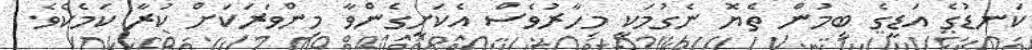
ކަނޑުގެ އަޑީގެ ބިމުން ތެޔޮ ނެގުމަކީ މިހާރުވެސް އެކަށީގެންވާ މިންވަރަކަށް ކުރާ ކަމެކެވެ.